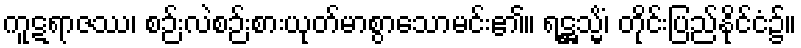
ကူဋရာဇဿ၊ စဉ်းလဲစဉ်းစားယုတ်မာစွာသောမင်း၏။ ရဋ္ဌသ္မိံ၊ တိုင်းပြည်နိုင်ငံ၌။